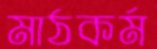
মাঠকর্ম